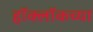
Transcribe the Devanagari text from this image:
हॉक्लॉकच्या